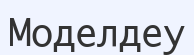
Моделдеу